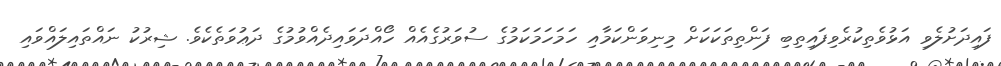
ފައިދަށުލެވި އަޅުވެތިކުރެވިފައިތިބި ފަންތިތަކަކަށް މިނިވަންކަމާއި ހަމަހަމަކަމުގެ ސުވަރުގެއެއް ހޯއްދަވައިދެއްވުމުގެ ދަޢުވަތެކެވެ. ޝިރުކު ނައްތައިލައްވައި